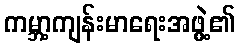
ကမ္ဘာ့ကျန်းမာရေးအဖွဲ့၏